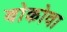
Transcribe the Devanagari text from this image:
बोकोवा